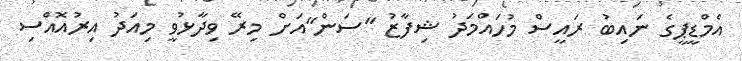
އެމްޑީޕީގެ ނައިބު ރައީސް މުހައްމަދު ޝިފާޒު "ސަން"އަށް މިރޭ ވިދާޅުވީ މިއަދު އިރުއޮއްސި